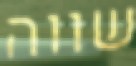
שווה